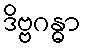
ဒိဗ္ဗဂန္ဓာ